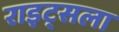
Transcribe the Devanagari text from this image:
राइट्सला